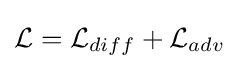
{\mathcal {L}}={\mathcal {L}}_{diff}+{\mathcal {L}}_{adv}